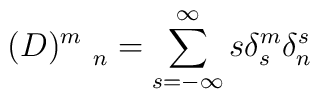
(D)_{\quad n}^{m}=\sum_{s=-\infty }^{\infty }s\delta _{s}^{m}\delta _{n}^{s}